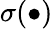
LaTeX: \sigma(\bullet)